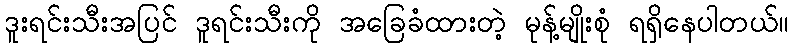
ဒူးရင်းသီးအပြင် ဒူရင်းသီးကို အခြေခံထားတဲ့ မုန့်မျိုးစုံ ရရှိနေပါတယ်။